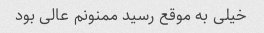
خیلی به موقع رسید ممنونم عالی بود